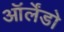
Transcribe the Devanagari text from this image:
ऑर्लेंडो